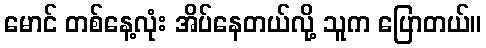
မောင် တစ်နေ့လုံး အိပ်နေတယ်လို့ သူက ပြောတယ်။